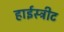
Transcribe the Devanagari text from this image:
हाईस्ट्रीट